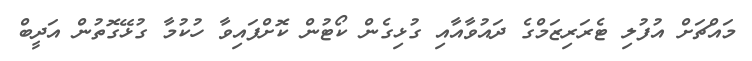
މައްޗަށް އުފުލި ޓެރަރިޒަމްގެ ދައުވާއާއި ގުޅިގެން ކޯޓުން ކޮށްފައިވާ ހުކުމާ ގުޅޭގޮތުން އަދީބް